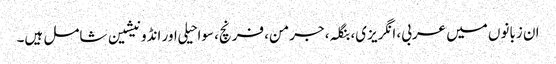
ان زبانوں میں عربی، انگریزی، بنگلہ، جرمن، فرنچ، سواحیلی اور انڈونیشین شامل ہیں۔